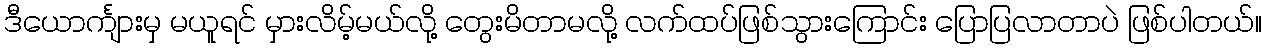
ဒီယောင်္ကျားမှ မယူရင် မှားလိမ့်မယ်လို့ တွေးမိတာမလို့ လက်ထပ်ဖြစ်သွားကြောင်း ပြောပြလာတာပဲ ဖြစ်ပါတယ်။